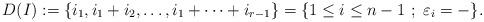
LaTeX: \begin{align*}D(I):=\{i_1,i_1+i_2,\dots,i_1+\dots+i_{r-1}\}=\{1\leq i \leq n-1 \ ;\ \varepsilon_i=-\}.\end{align*}